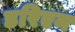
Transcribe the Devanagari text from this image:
डरिएन